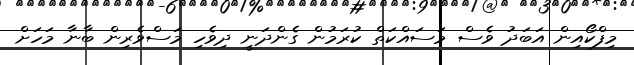
މިފްކޯއިން އަބަދު ވެސް މަސައްކަތް ކުރަމުން ގެންދަނީ ދިވެހި މަސްވެރިން ބާނާ މަހަށް